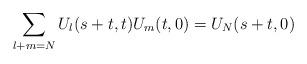
LaTeX: \begin{align*}\sum_{l+m=N}U_l(s+t,t)U_m(t,0)=U_N(s+t,0)\end{align*}